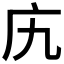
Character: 𫷥